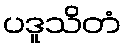
ပဒူသိတံ